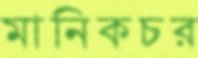
মানিকচর